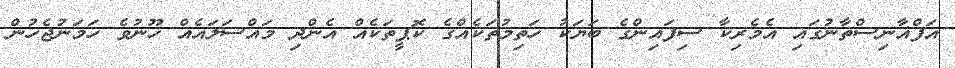
އަފްޣާނިސްތާނުގައި އެމެރިކާ ސިފައިންގެ ބަޔަކު ހަތިމުތަކެއްގެ ކޮޕީތަކެއް އެންދި މައްސަލައެއް ހޫނުވެ ހަމަނުޖެހުން